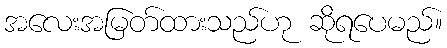
အလေးအမြတ်ထားသည်ဟု ဆိုရပေမည်။